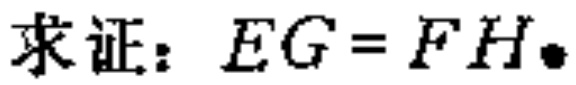
求证：\(EG = FH\)。